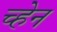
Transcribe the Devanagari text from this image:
च्हेन